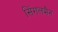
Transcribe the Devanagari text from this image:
सिंगलमैन